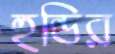
হুন্ডির